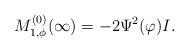
\begin{align*}M^{(0)}_{1,\phi}(\infty)=- 2 \Psi^2(\varphi) I.\end{align*}